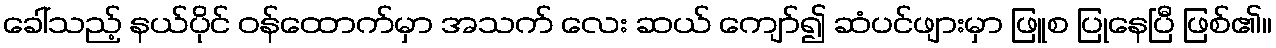
ခေါ်သည့် နယ်ပိုင် ဝန်ထောက်မှာ အသက် လေး ဆယ် ကျော်၍ ဆံပင်ဖျားမှာ ဖြူစ ပြုနေပြီ ဖြစ်၏။